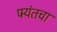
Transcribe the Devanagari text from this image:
पर्‍यंतचा